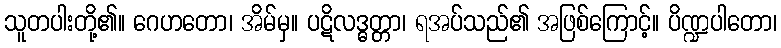
သူတပါးတို့၏။ ဂေဟတော၊ အိမ်မှ။ ပဋိလဒ္ဓတ္တာ၊ ရအပ်သည်၏ အဖြစ်ကြောင့်။ ပိဏ္ဍပါတော၊